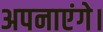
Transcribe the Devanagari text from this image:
अपनाएंगे।